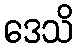
ဒေသိ